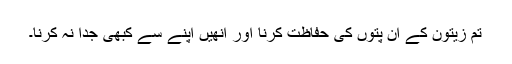
تم زیتون کے ان پتوں کی حفاظت کرنا اور انھیں اپنے سے کبھی جدا نہ کرنا۔